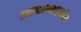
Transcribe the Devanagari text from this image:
आभारप्रदर्शन